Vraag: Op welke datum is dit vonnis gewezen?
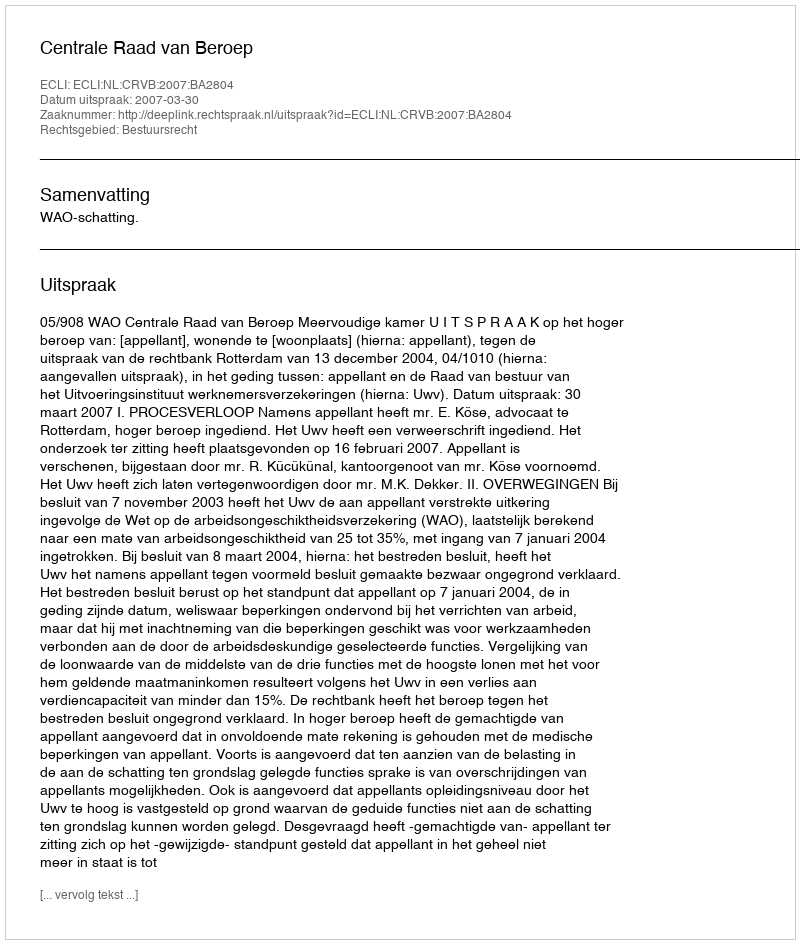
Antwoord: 2007-03-30